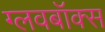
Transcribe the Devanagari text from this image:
ग्लवबॉक्स